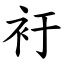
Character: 衧